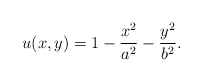
\begin{align*}u(x,y)=1- \frac{x^2}{a^2} - \frac{y^2}{b^2}.\end{align*}